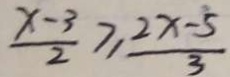
\frac { x - 3 } { 2 } \geq \frac { 2 x - 5 } { 3 }